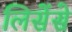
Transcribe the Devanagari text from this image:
लिसेंसे